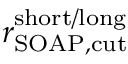
r _ { \mathrm { S O A P , c u t } } ^ { \mathrm { s h o r t / l o n g } }